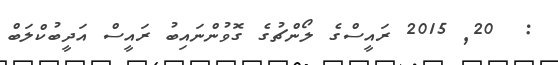
:  20